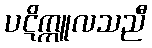
ပဋိက္ကူလသညီ